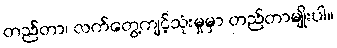
တည်တာ၊ လက်တွေ့ကျင့်သုံးမှုမှာ တည်တာမျိုးပါ။